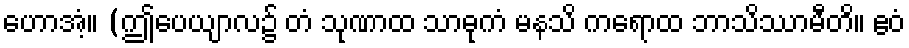
ဟောအံ့။ (ဤပေယျာလ၌ တံ သုဏာထ သာဓုကံ မနသိ ကရောထ ဘာသိဿာမီတိ။ ဧဝံ